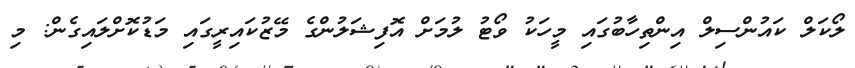
ލޯކަލް ކައުންސިލް އިންތިހާބުގައި މީހަކު ވޯޓު ލުމަށް އޮފިޝަލުންގެ މޭޒުކައިރީގައި މަޑުކޮށްލައިގެން: މި